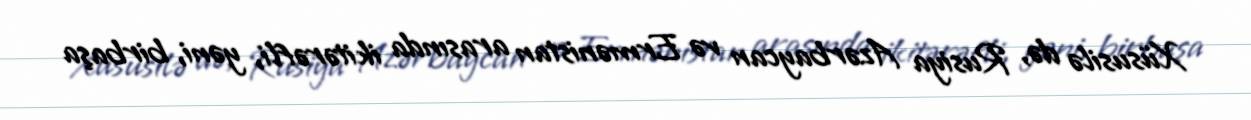
Xüsusilə də, Rusiya Azərbaycan və Ermənistan arasında ikitərəfli, yəni, birbaşa